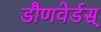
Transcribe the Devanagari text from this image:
डौणवेर्डस्